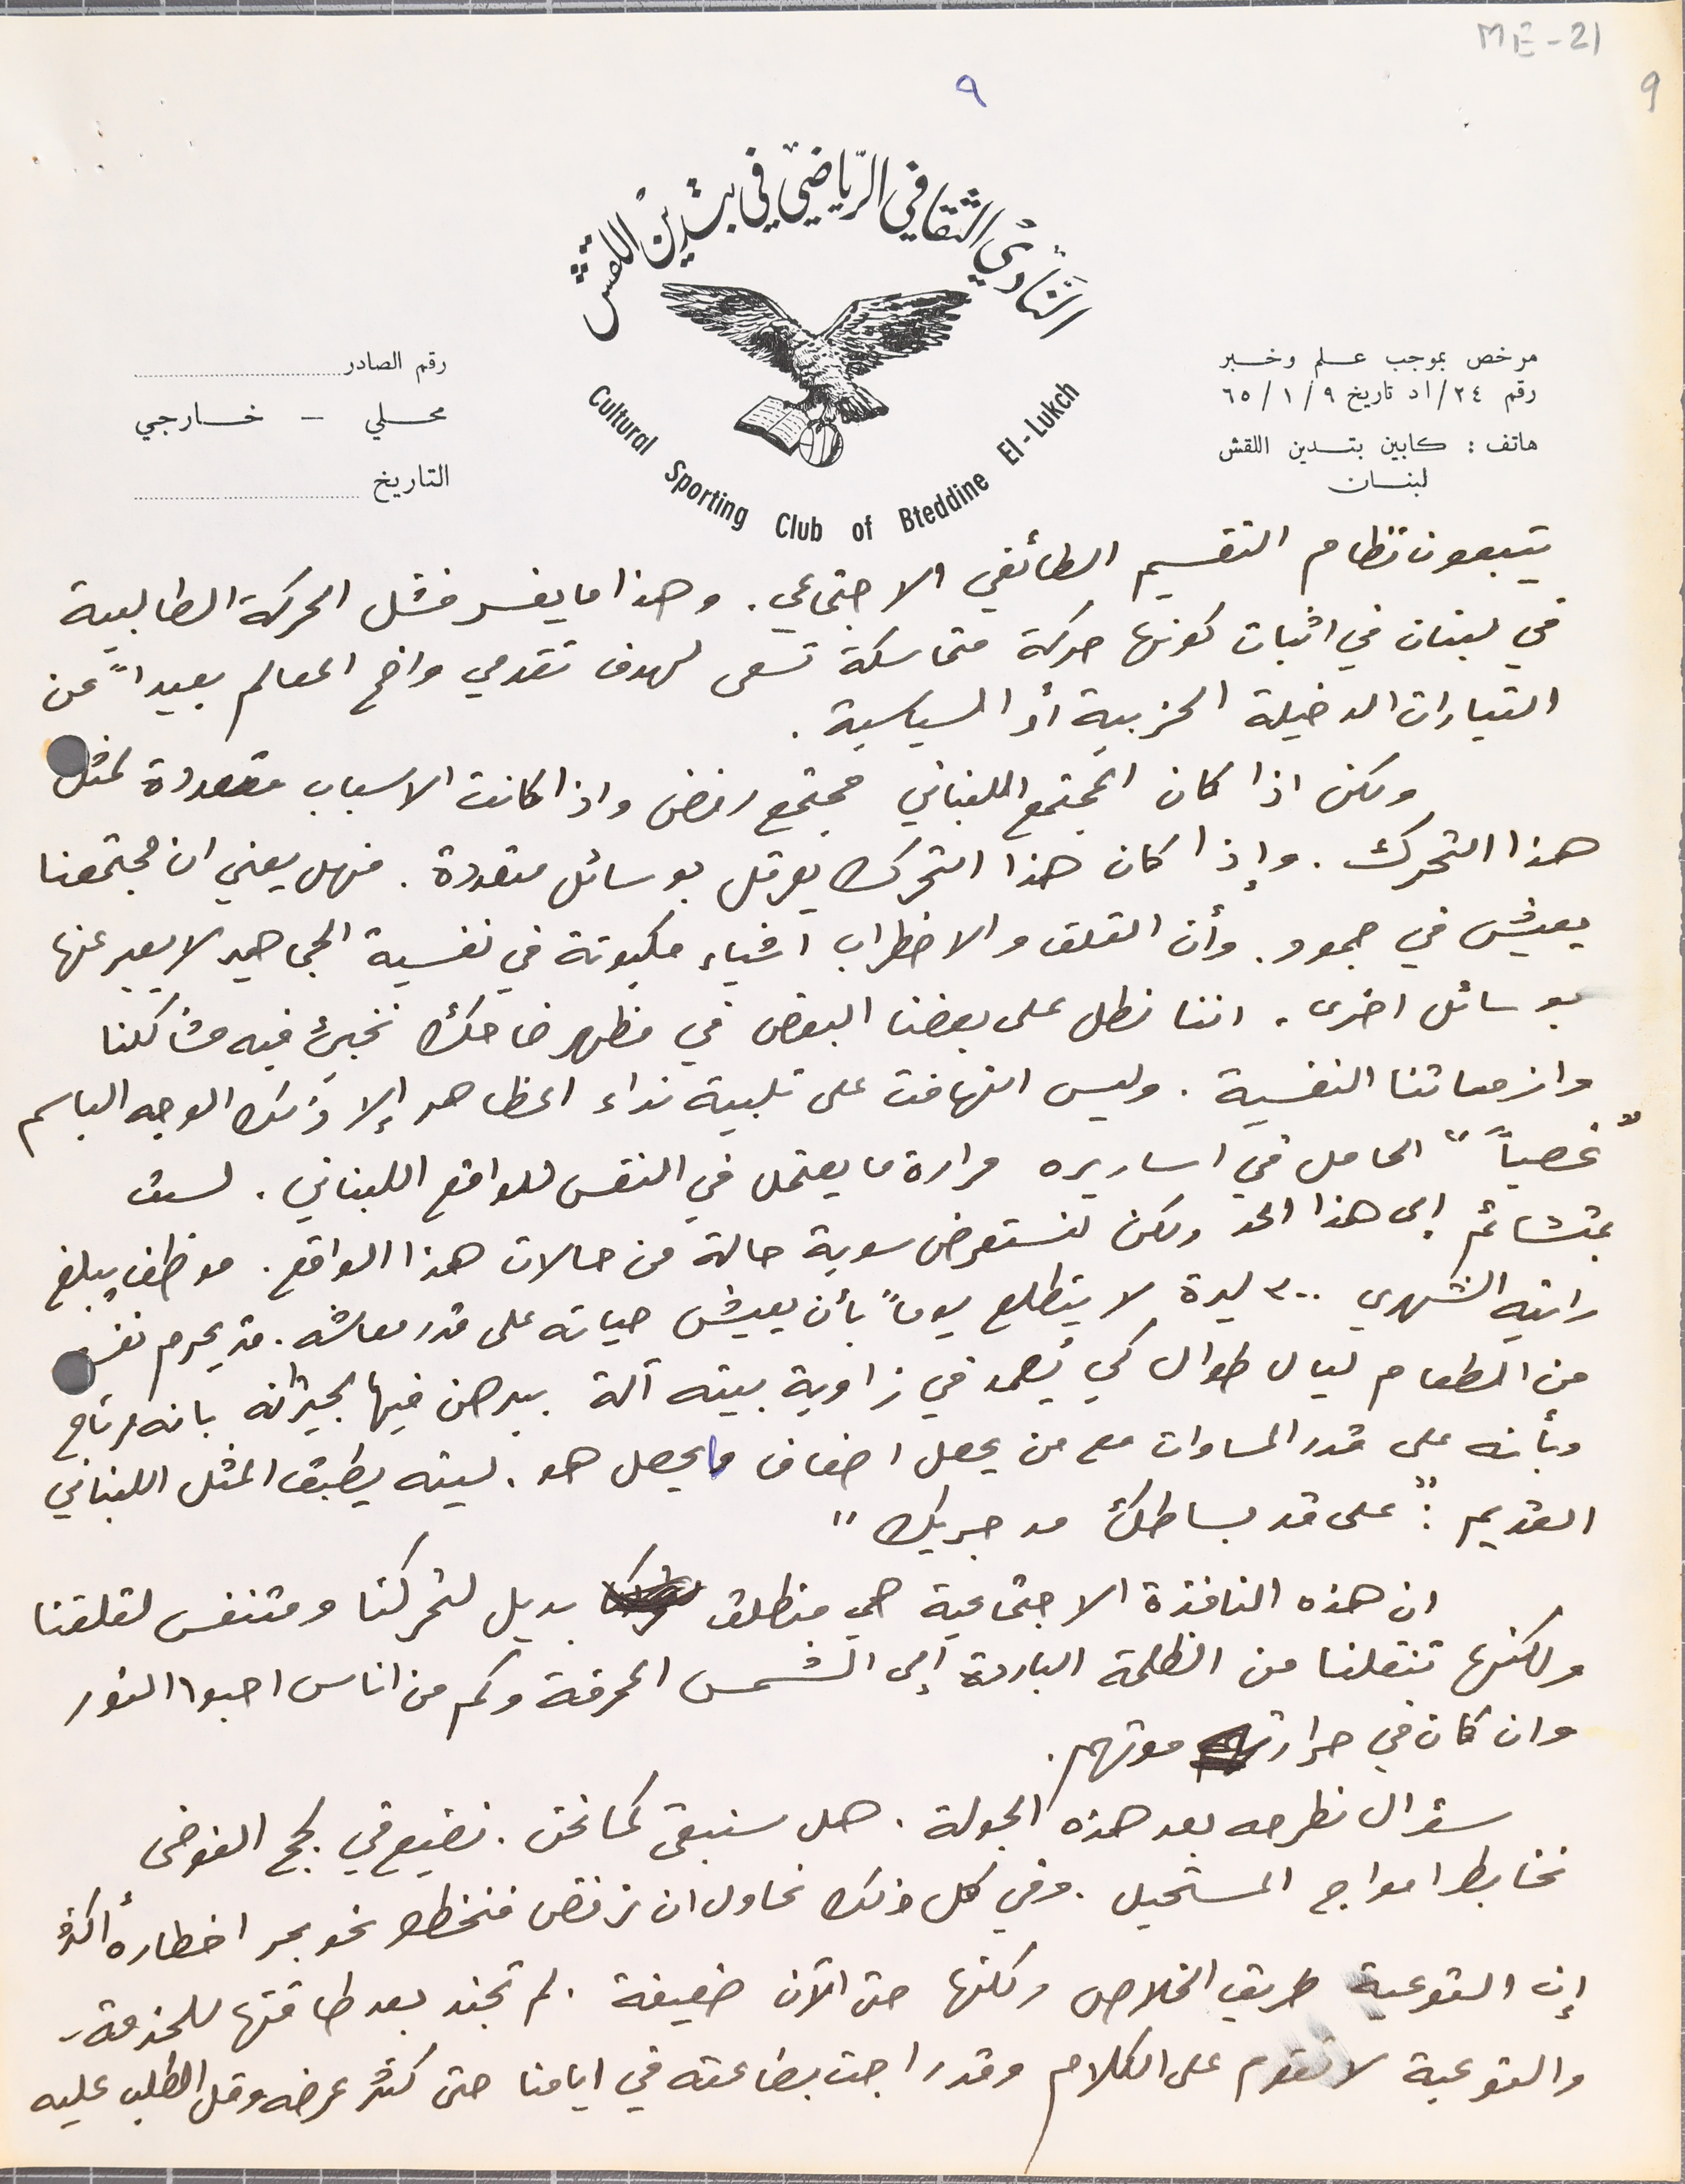
يتبعون نظام التقسيم الطائفي الاجتماعي. وهذا ما يفسر فشل الحركة الطالبية
في لبنان في اثبات كونها حركة متماسكة تسعى لهدف تقدمي واضح المعالم بعيداً عن
التيارات الدخيلة الحزبية أو السياسية.
 ولكن اذا كان المجتمع اللبناني مجتمع رفض واذا كانت الاسباب متعددة لمثل
 يعيش في جمود. وأن القلق والاضطراب اشياء مكبوتة في نفسية الجماهير لا يعبر عنها
 بوسائل اخرى. اننا نطل على بعضنا البعض في مظهر ضاحك نخبئ فيه مشاكلنا
 وازماتنا النفسية. وليس التهافت على تلبية نداء المظاهر إلا ذلك الوجه الباسم
"غصباً " الحامل في اساريره مرارة ما يعتمل في النفس للواقع اللبناني. لست
بمتشائم الى هذا الحد ولكن لنستعرض سوية حالة من حالات هذا الواقع. موظف يبلغ
راتبه الشهري ٣٠٠ ليرة لا يتطلع يوماً بأن يعيش حياته على قدر معاشه. قد يحرم نفسه
من الطعام ليال طوال كي يُصمد في زاوية بيته آلة برهن فيها لجيرانه بانه مرتاح
وبأنه على قدر المساوات مع من يحصل اضعاف ما يحصل هو. ليته يطبق المثل اللبناني
القديم: "على قد بساطك مد جريك"
ان هذه النافذة الاجتماعية هي منطلق بديل لتحركنا ومتنفس لقلقنا
 وان كان في حرارتها موتهم.
مرخص بموجب علم وخبر رقم ٢٤/اد تاريخ ٩/ ١/ ٦٥
هاتف : كابين بتدين اللقش لبنان
النَادي الثقافي الرياضي في بتدين اللقش
رقم الصادر
 محلي – خارجي

التاريخ
٩
ME- 21 9
هذا التحرك. وإذا كان هذا التحرك يعرقل بوسائل متعددة. فهل يعني ان مجتمعنا
ولكنها تنقلنا من الظلمة الباردة الى الشمس المحرقة وكم من اناس احبوا النور
سؤال نطرحه بعد هذه الجولة. هل سنبقى كما نحن. نضيع في لجج الفوضى
نخابط امواج المستحيل وفي كل ذلك نحاول ان نرفض فنخطو نحو بحر اخطاره أكثرُ
إن التوعية طريق الخلاص ولكنها حتى الأن ضعيفة . لم تجند بعد طاقتها للخدمة
والتوعية لا تقوم على الكلام وقد راجت بضاعته في ايامنا حتى كثر عرضه وقل الطلب عليه